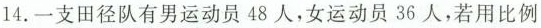
14. 一支田径队有男运动员 48 人，女运动员 36 人，若用比例